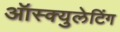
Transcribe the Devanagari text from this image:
ऑस्क्युलेटिंग